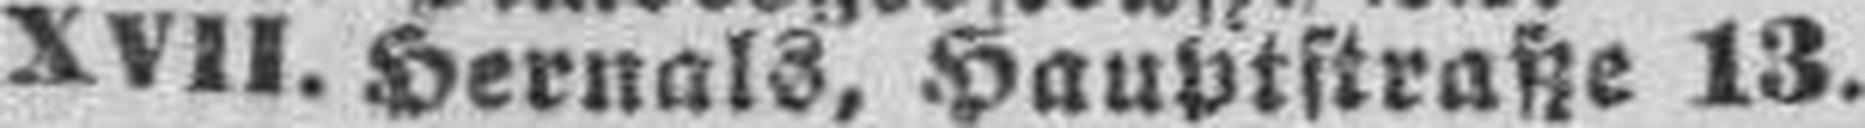
XVII. Hernals, Hauptstraße 13.